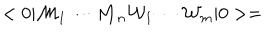
< 0 | { \cal { M } } _ { 1 } \cdots { \cal { M } } _ { n } { \cal { W } } _ { 1 } \cdots { \cal { W } } _ { m } | 0 > =